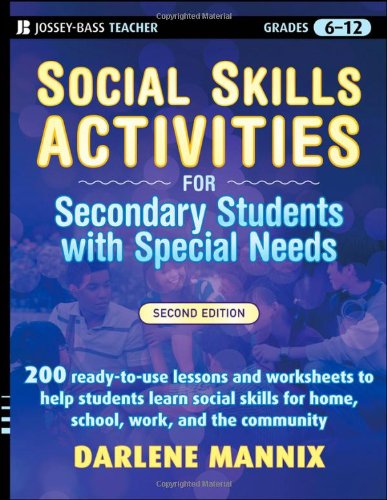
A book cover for Social Skills Activities for Secondary Students with Special Needs; Darlene Mannix; Education & Teaching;